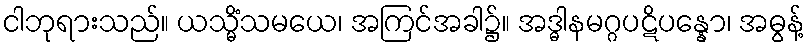
ငါဘုရားသည်။ ယသ္မိံသမယေ၊ အကြင်အခါ၌။ အဒ္ဓါနမဂ္ဂပဋိပန္နော၊ အဓွန့်